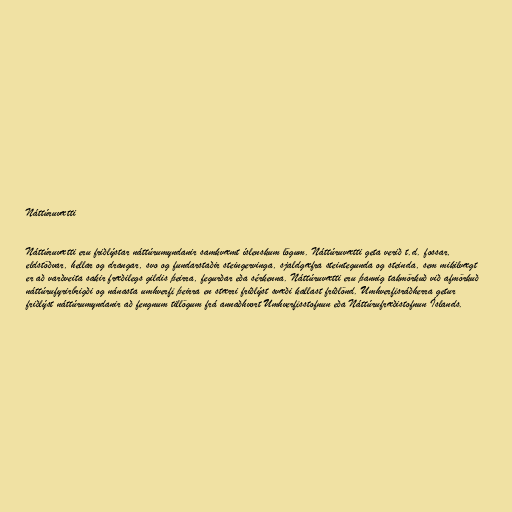
Náttúruvætti

Náttúruvætti eru friðlýstar náttúrumyndanir samkvæmt íslenskum lögum. Náttúruvætti geta verið t.d. fossar,
eldstöðvar, hellar og drangar, svo og fundarstaðir steingervinga, sjaldgæfra steintegunda og steinda, sem mikilvægt
er að varðveita sakir fræðilegs gildis þeirra, fegurðar eða sérkenna. Náttúruvætti eru þannig takmörkuð við afmörkuð
náttúrufyrirbrigði og nánasta umhverfi þeirra en stærri friðlýst svæði kallast friðlönd. Umhverfisráðherra getur
friðlýst náttúrumyndanir að fengnum tillögum frá annaðhvort Umhverfisstofnun eða Náttúrufræðistofnun Íslands.